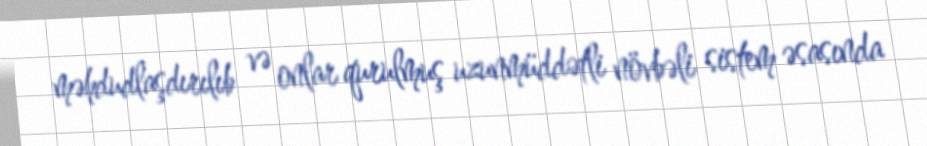
məhdudlaşdırılıb və onlar qurulmuş uzunmüddətli növbəli sistem əsasında